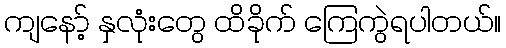
ကျနော့် နှလုံးတွေ ထိခိုက် ကြေကွဲရပါတယ်။